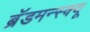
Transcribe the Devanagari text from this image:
ब्रॅडमन्स्क्यू